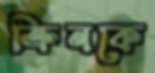
ক্রিনকে